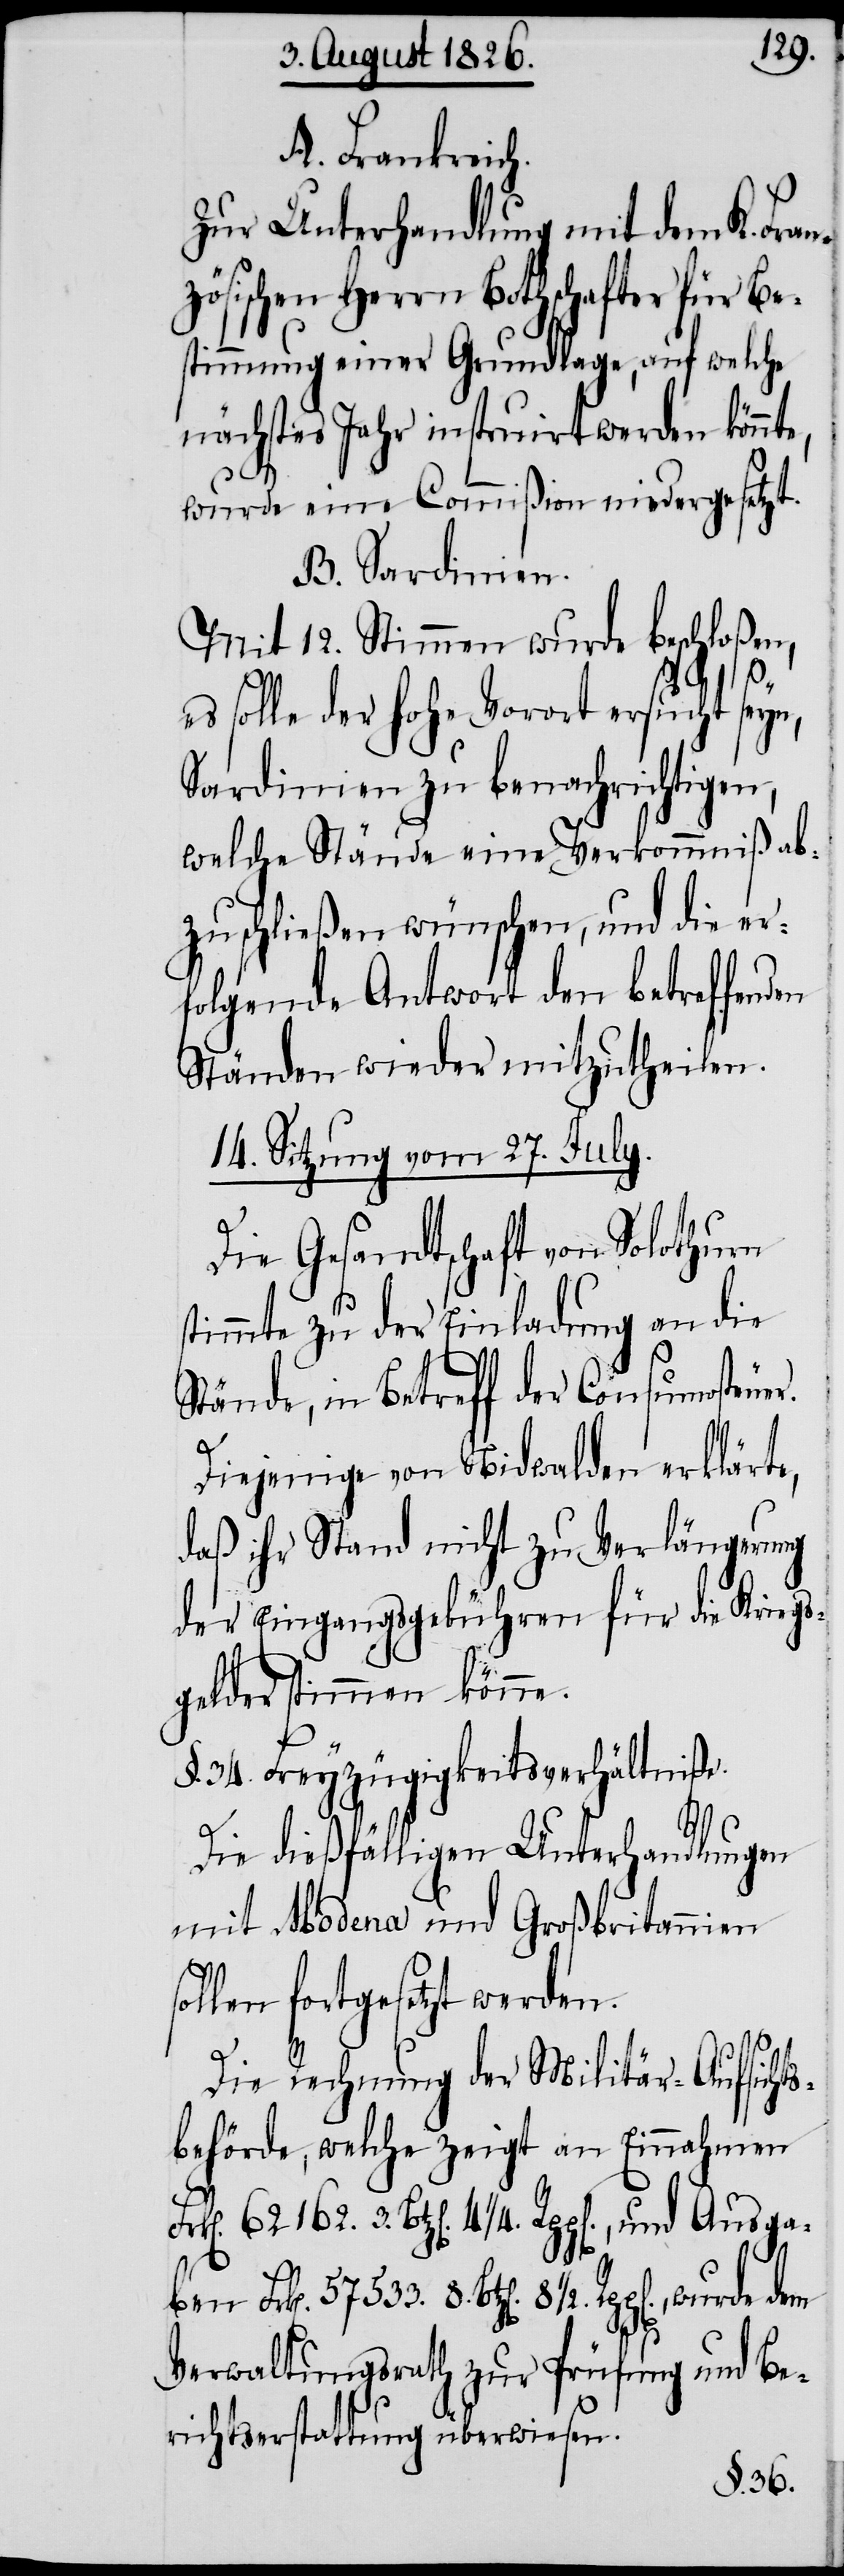
A. Frankreich.
Zur Unterhandlung mit dem K. Fran¬
zösischen Herrn Bothschafter für Be¬
stimmung einer Grundlage, auf welche
nächstes Jahr instruirt werden könnt¬
wurde eine Commißion niedergesetzt.
B. Sardinien.
Mit 12. Stimmen wurde beschloßen,
es solle der hohe Vorort ersucht seyn,
Sardinien zu benachrichtigen,
welche Stände eine Verkommniß ab¬
zuschließen wünschen, und die er¬
folgende Antwort den betreffenden
Ständen wieder mitzutheilen.
14. Sitzung vom 27. July.
Die Gesandtschaft von Solothurn
timmte zu der Einladung an die
Stände, in Betreff der Consumosteue¬
Diejenige von Nidwalden erklärte,
daß ihr Stand nicht zu Verlängerung
der Eingangsgebühren für die Kriegs¬
gelder stimmen könne.
§. 34. Freyzügigkeitsverhältniße.
Die dießfälligen Unterhandlungen
mit Modena und Großbritannien
llen fortgesetzt werden.
8.
Die Rechnung der Militär-Aufsichts¬
behörde, welche zeigt an Einnahmen
4 1/4. Rpp[en]., und Ausga¬
Btz[en]. 8 1/2., wurde dem
Verwaltungsrath zur Prüfung und Be¬
richtserstattung überwiesen.